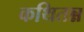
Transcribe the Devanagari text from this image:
कथितन्न